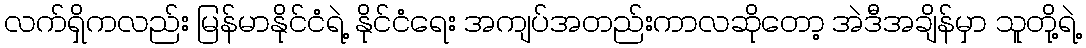
လက်ရှိကလည်း မြန်မာနိုင်ငံရဲ့ နိုင်ငံရေး အကျပ်အတည်းကာလဆိုတော့ အဲဒီအချိန်မှာ သူတို့ရဲ့